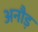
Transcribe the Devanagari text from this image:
अनौड़